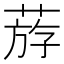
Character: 𦳧